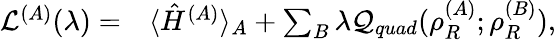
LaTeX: \begin{array}{rl}{\mathcal{L}^{(A)}(\lambda)=}&{{}\langle\hat{H}^{(A)}\rangle_{A}+\sum_{B}\lambda\mathcal{Q}_{quad}(\rho_{R}^{(A)};\rho_{R}^{(B)}),}\end{array}